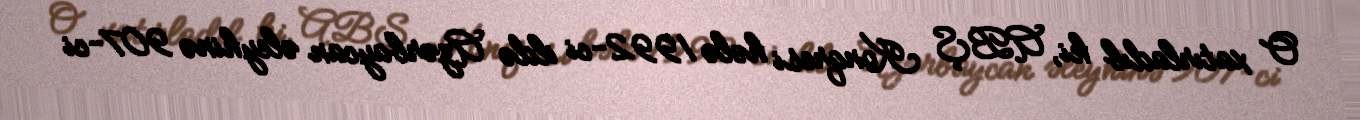
O xatırladıb ki, ABŞ Konqresi hələ 1992-ci ildə Azərbaycan əleyhinə 907-ci